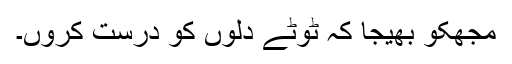
مجھکو بھیجا کہ ٹوٹے دلوں کو درست کروں۔